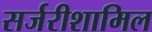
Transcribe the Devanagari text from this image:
सर्जरीशामिल